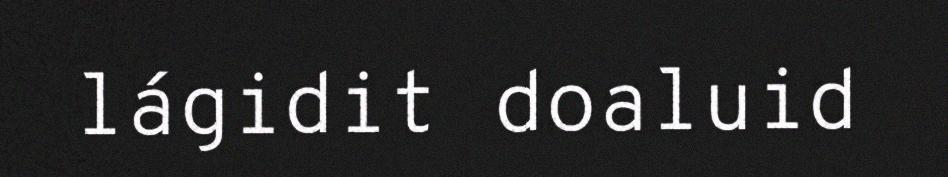
lágidit doaluid